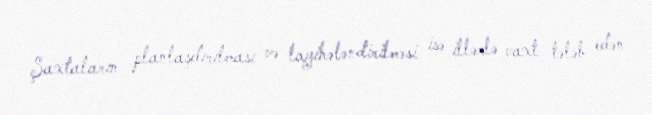
Şaxtaların planlaşdırılması və layihələndirilməsi isə illərlə vaxt tələb edən